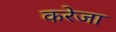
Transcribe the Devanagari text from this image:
करेजा